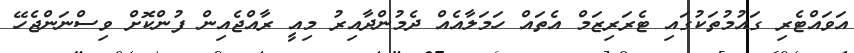
އަވައްޓެރި ގައުމުތަކުގައި ޓެރަރިޒަމް އެތައް ހަމަލާއެއް ދެމުންދާއިރު މިއީ ރާއްޖެއިން ފުންކޮށް ވިސްނަންޖެހޭ